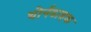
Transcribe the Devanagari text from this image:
थोर्नडाइक